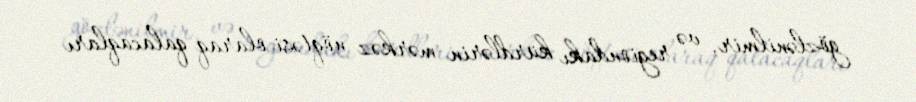
gözlənilmir, və regiondakı kürdlərin mərkəz nöqtəsi olaraq qalacaqları